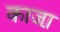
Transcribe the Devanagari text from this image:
काजा़